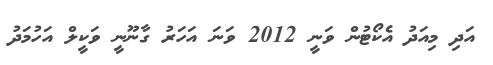
އަދި މިއަދު އެކޯޓުން ވަނީ 2012 ވަނަ އަހަރު ގާނޫނީ ވަކީލް އަހުމަދު